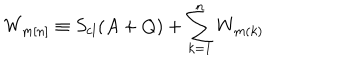
W _ { m [ n ] } \equiv S _ { \mathrm { c l } } ( A + Q ) + \sum _ { k = 1 } ^ { n } W _ { m ( k ) }